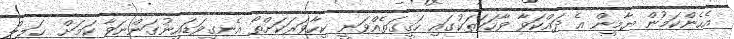
އެހެންކަމުން ޔާމީން އެ ދައްކަވާ ވާހަކަތަކުގައި ހަޤީގަތެއްވަނީ ކިހާވަރަކަށްތޯ އެނގިވަޑައިނުގަންނަވާ ކަމަށް ޚަލީލް